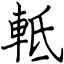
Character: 軧